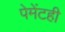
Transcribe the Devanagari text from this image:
पेमेंटही